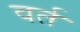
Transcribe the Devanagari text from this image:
वर्त